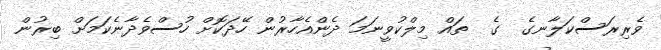
ވެރިރަސްކަލާނގެ  ގެ  ތައް މިލްކުވީނަމަ ދެންއެހާރުން ހޭދަކޮށް ހުސްވެދާނެކަމަށް ބިރުން